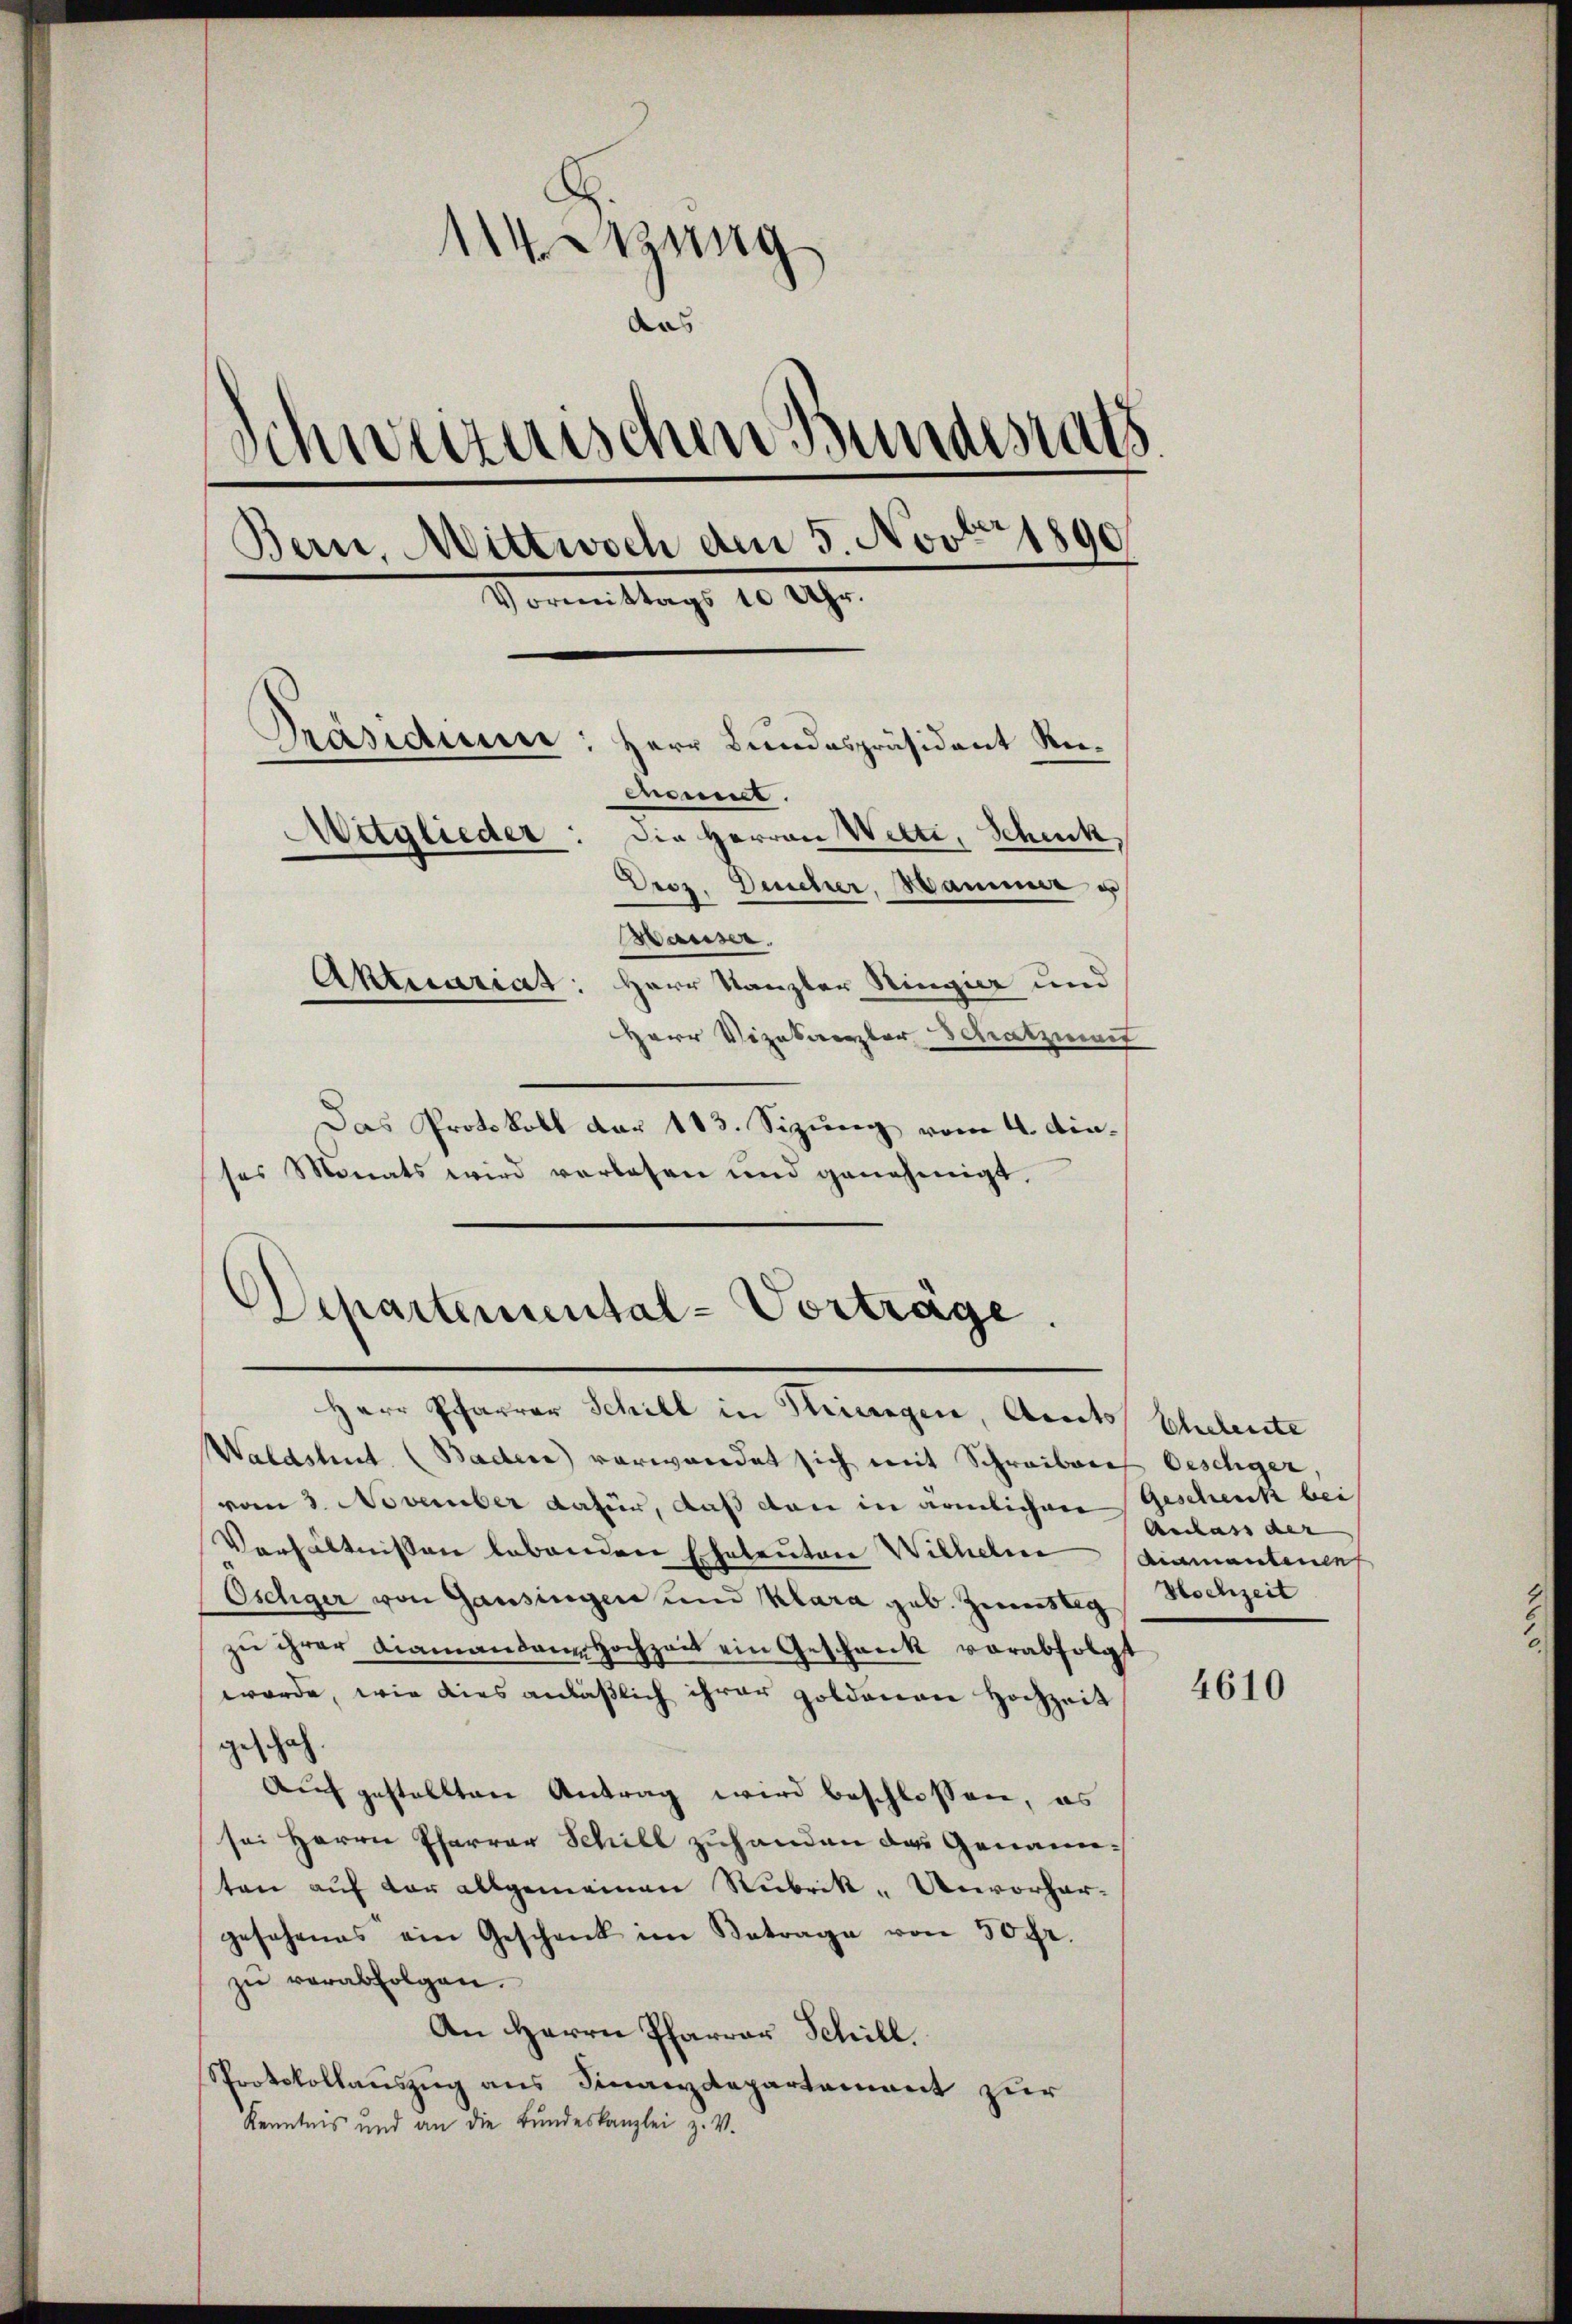
114 Sitzung
aas
Schweizerischen Bundesrats.
Ban, Mittwoch den 3. Nov. 1890
Vormittags 1000fr.
.
Prasduur:
Herr Bundespräsident Riemmt.
Mitglieder: die Herren Welti, Schick
Drez. Deucher, Mamm u
Mäuser.
Aktuariat: Herr Kanzler Ringier und
Herr Vizekaerter Schatzmait
Das Protokoll der 183. Sizung vom 4. Din¬

ses Monats wird verlesen und genehmigt.

Departemental-Vorträge.

Herr Pfarrer Schill in Kriegen, Amts
Waldshut. (Baden) verwendet sich mit Schreiben
vom 3. November dafür, daß den in ärmlichen Geschenk bei
Verhältnissen lebenden Eheleuten Wilhelm (diamantenenf
Öschiger von Gansingen und Klara geb. Zinstig
zu ihrer Diamandann Hochzeit ein Geschenk verabfolgt
werde, wie dies anläßlich ihrer Holdenen Hochzeit
geschah.
Auch gestellten Antrag wird beschlossen, es
sei Herrn Pfarrer Schill zuhanden das Genannten auf der allgemeinen Rubrik- Unvorhergesehenes ein Geschenk im Betrage von 50 fr.
zŭ verabfolgen.
An Herrn Pfarrer Schill.
Sprotokollauszug aus Finanzdepartement zur
Kenntnis und an die Bundeskanzlei z. V.

Eheleute
Oeschiger.
Aecass der |
Hochzeit

4610